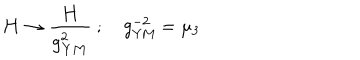
LaTeX: { \bf H } \to { \frac { \bf H } { g _ { \bf Y M } ^ { 2 } } } \ ; \quad g _ { \mathrm { Y M } } ^ { - 2 } = \mu _ { 3 }